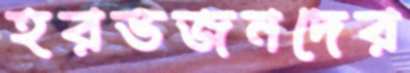
হরভজনদের